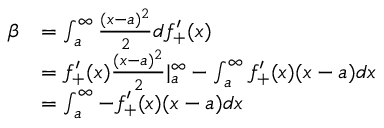
\begin{array} { r l } { \beta } & { = \int _ { a } ^ { \infty } \frac { ( x - a ) ^ { 2 } } { 2 } d f _ { + } ^ { \prime } ( x ) } \\ & { = f _ { + } ^ { \prime } ( x ) \frac { ( x - a ) ^ { 2 } } { 2 } | _ { a } ^ { \infty } - \int _ { a } ^ { \infty } f _ { + } ^ { \prime } ( x ) ( x - a ) d x } \\ & { = \int _ { a } ^ { \infty } - f _ { + } ^ { \prime } ( x ) ( x - a ) d x } \end{array}